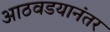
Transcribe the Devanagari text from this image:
आठवडयानंतर